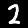
Digit: 2